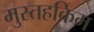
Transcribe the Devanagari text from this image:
मुस्तहकिम